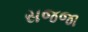
સજજા